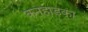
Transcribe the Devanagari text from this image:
कनहाड़का